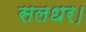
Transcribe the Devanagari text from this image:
सलधर।